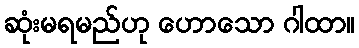
ဆုံးမရမည်ဟု ဟောသော ဂါထာ။